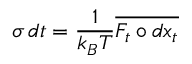
\sigma \, d t = \frac { 1 } { k _ { B } T } \overline { { F _ { t } \circ { d x } _ { t } } }